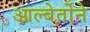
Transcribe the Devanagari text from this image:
आल्बेर्तोने